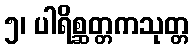
၅၊ ပါရိစ္ဆတ္တကသုတ္တ